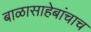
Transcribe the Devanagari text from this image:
बाळासाहेबांचाच